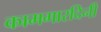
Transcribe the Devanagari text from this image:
कामगारदिनी